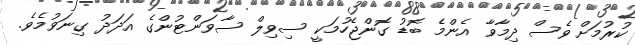
ކުރުމަށް ވެސް ދިމާވާ އެންމެ ބޮޑު ގޮންޖެހުމަކީ ސިވިލް ސާވަންޓުންގެ އަދަދު ގިނަވުމެވެ.